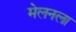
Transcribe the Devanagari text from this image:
मेलनला